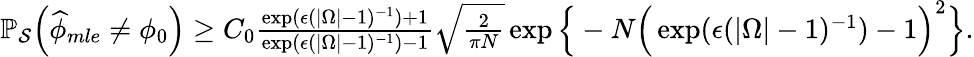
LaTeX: \begin{array}{r}{\mathbb{P}_{\mathcal{S}}\Big(\widehat{\phi}_{mle}\neq\phi_{0}\Big)\geq C_{0}\frac{\exp(\epsilon(|\Omega|-1)^{-1})+1}{\exp(\epsilon(|\Omega|-1)^{-1})-1}\sqrt{\frac{2}{\pi N}}\exp\Big\{ -N\Big(\exp(\epsilon(|\Omega|-1)^{-1})-1\Big)^{2}\Big\} .}\end{array}